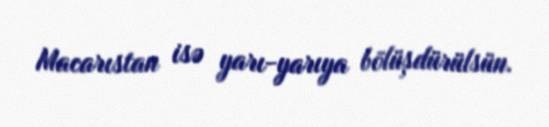
Macarıstan isə yarı-yarıya bölüşdürülsün.